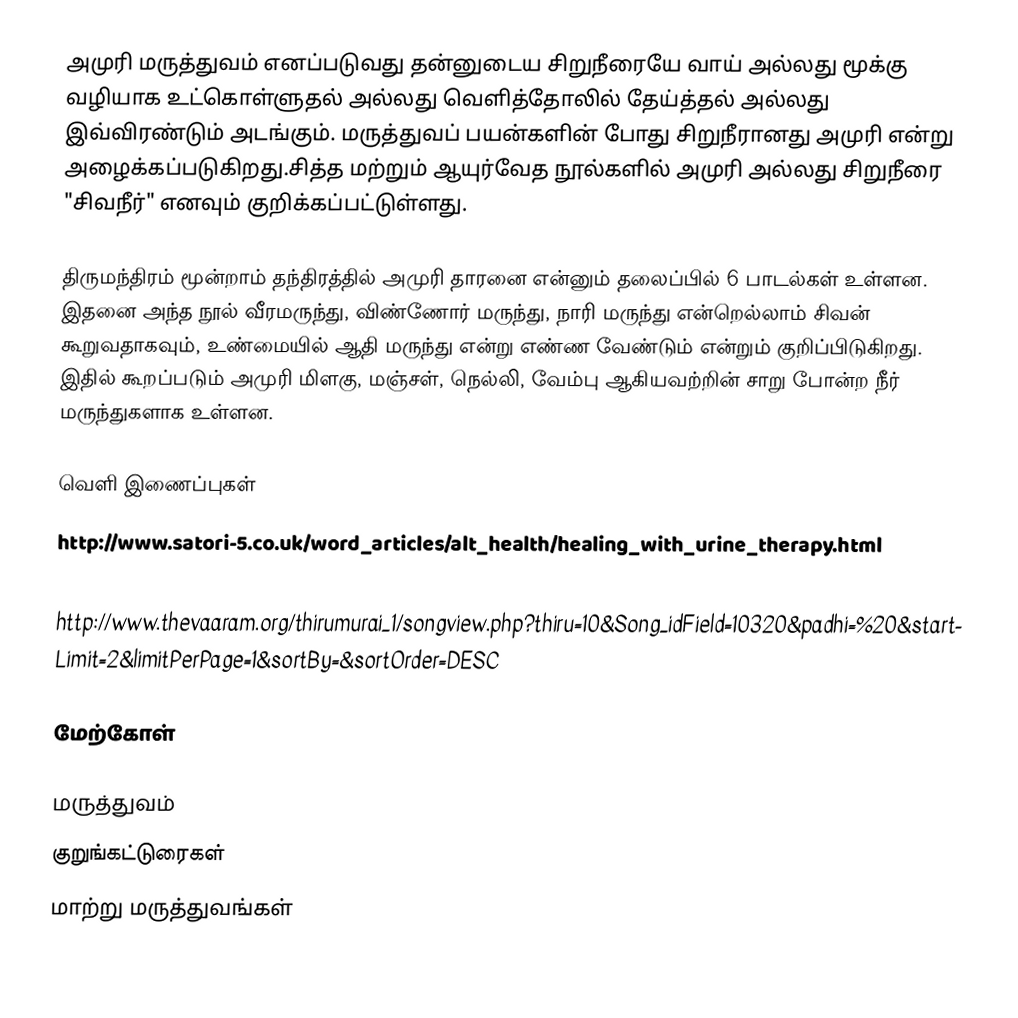
அமுரி மருத்துவம் எனப்படுவது தன்னுடைய சிறுநீரையே வாய் அல்லது மூக்கு வழியாக உட்கொள்ளுதல் அல்லது வெளித்தோலில் தேய்த்தல் அல்லது இவ்விரண்டும் அடங்கும். மருத்துவப் பயன்களின் போது சிறுநீரானது அமுரி என்று அழைக்கப்படுகிறது.சித்த மற்றும் ஆயுர்வேத நூல்களில் அமுரி அல்லது சிறுநீரை "சிவநீர்" எனவும் குறிக்கப்பட்டுள்ளது.

திருமந்திரம் மூன்றாம் தந்திரத்தில் அமுரி தாரனை என்னும் தலைப்பில் 6 பாடல்கள் உள்ளன.  இதனை அந்த நூல் வீரமருந்து, விண்ணோர் மருந்து, நாரி மருந்து என்றெல்லாம் சிவன் கூறுவதாகவும், உண்மையில் ஆதி மருந்து என்று எண்ண வேண்டும் என்றும் குறிப்பிடுகிறது.  இதில் கூறப்படும் அமுரி மிளகு, மஞ்சள், நெல்லி, வேம்பு ஆகியவற்றின் சாறு போன்ற நீர் மருந்துகளாக உள்ளன.

வெளி இணைப்புகள்
http://www.satori-5.co.uk/word_articles/alt_health/healing_with_urine_therapy.html
http://naturinologie.info/shivambu.pdf .
http://www.thevaaram.org/thirumurai_1/songview.php?thiru=10&Song_idField=10320&padhi=%20&startLimit=2&limitPerPage=1&sortBy=&sortOrder=DESC

மேற்கோள்

மருத்துவம்
குறுங்கட்டுரைகள்
மாற்று மருத்துவங்கள்